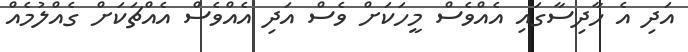
އަދި އެ ހާދިސާގައި އެއްވެސް މީހަކަށް ވެސް އަދި އެއްވެސް އެއްޗަކަށް ގެއްލުމެއް